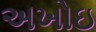
અખોઇ